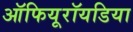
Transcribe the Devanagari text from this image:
ऑफियूरॉयडिया